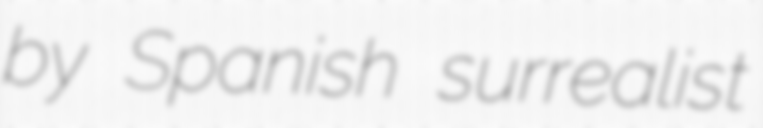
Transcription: by Spanish surrealist